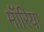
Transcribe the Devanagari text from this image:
मॉरिया